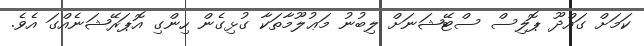
ކަމަށް ގައްދޫ ޕޮލިސް ސްޓޭޝަނަށް ލިބުނު މަޢުލޫމާތަކާ ގުޅިގެން ހިންގި އޮޕަރޭޝަނެއްގަ އެވެ.